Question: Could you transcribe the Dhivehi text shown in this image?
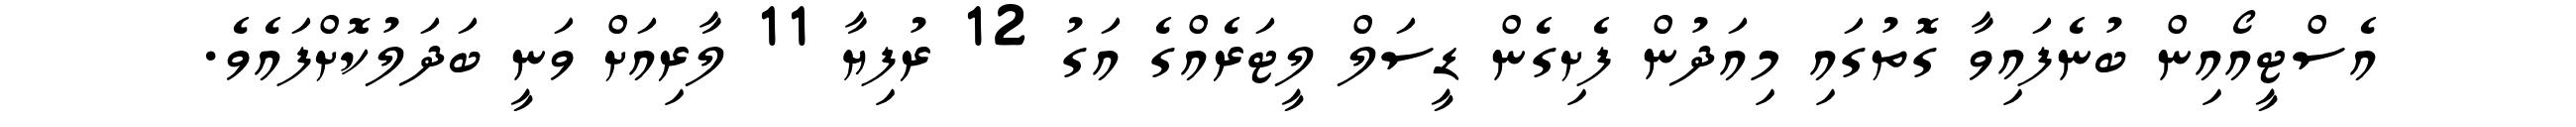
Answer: އެސްޓީއޯއިން ބުނެފައިވާ ގޮތުގައި މިއަދުން ފެށިގެން ޑީސަލް ލީޓަރެއްގެ އަގު 12 ރުފިޔާ 11 ލާރިއަށް ވަނީ ބަދަލުކޮށްފައެވެ.